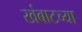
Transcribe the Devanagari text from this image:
खंबाटच्या